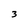
Character: 3